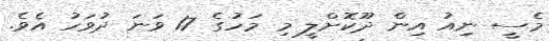
މެސީ ނިއު އިން ދޫކޮށްލީ މި މަހުގެ 17 ވަނަ ދުވަހު އެވެ.